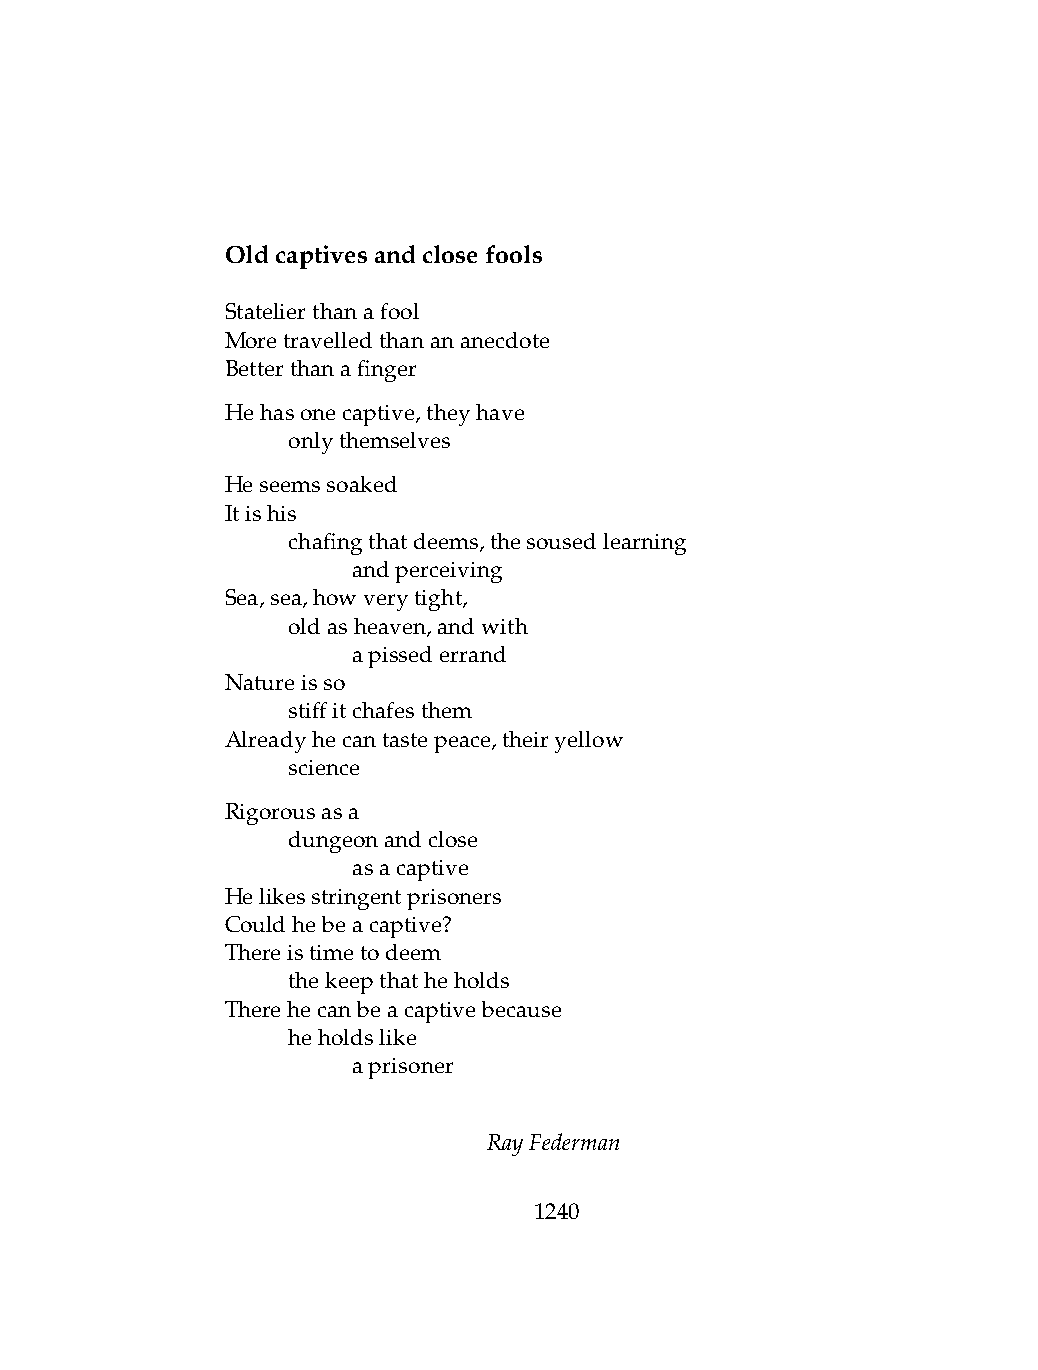
Oldcaptivesandclosefools
 Statelierthanafool
 Moretravelledthanananecdote
 Betterthanafinger
 Hehasonecaptive,theyhave
 .   onlythemselves
 Heseemssoaked
 Itishis
 .   chafingthatdeems,thesousedlearning
 .   .   andperceiving
 Sea,sea,howverytight,
 .   oldasheaven,andwith
 .   .   apissederrand
 Natureisso
 .   stiffitchafesthem
 Alreadyhecantastepeace,theiryellow
 .   science
 Rigorousasa
 .   dungeonandclose
 .   .   asacaptive
 Helikesstringentprisoners
 Couldhebeacaptive?
 Thereistimetodeem
 .   thekeepthatheholds
 Therehecanbeacaptivebecause
 .   heholdslike
 .   .   aprisoner
 RayFederman
 1240